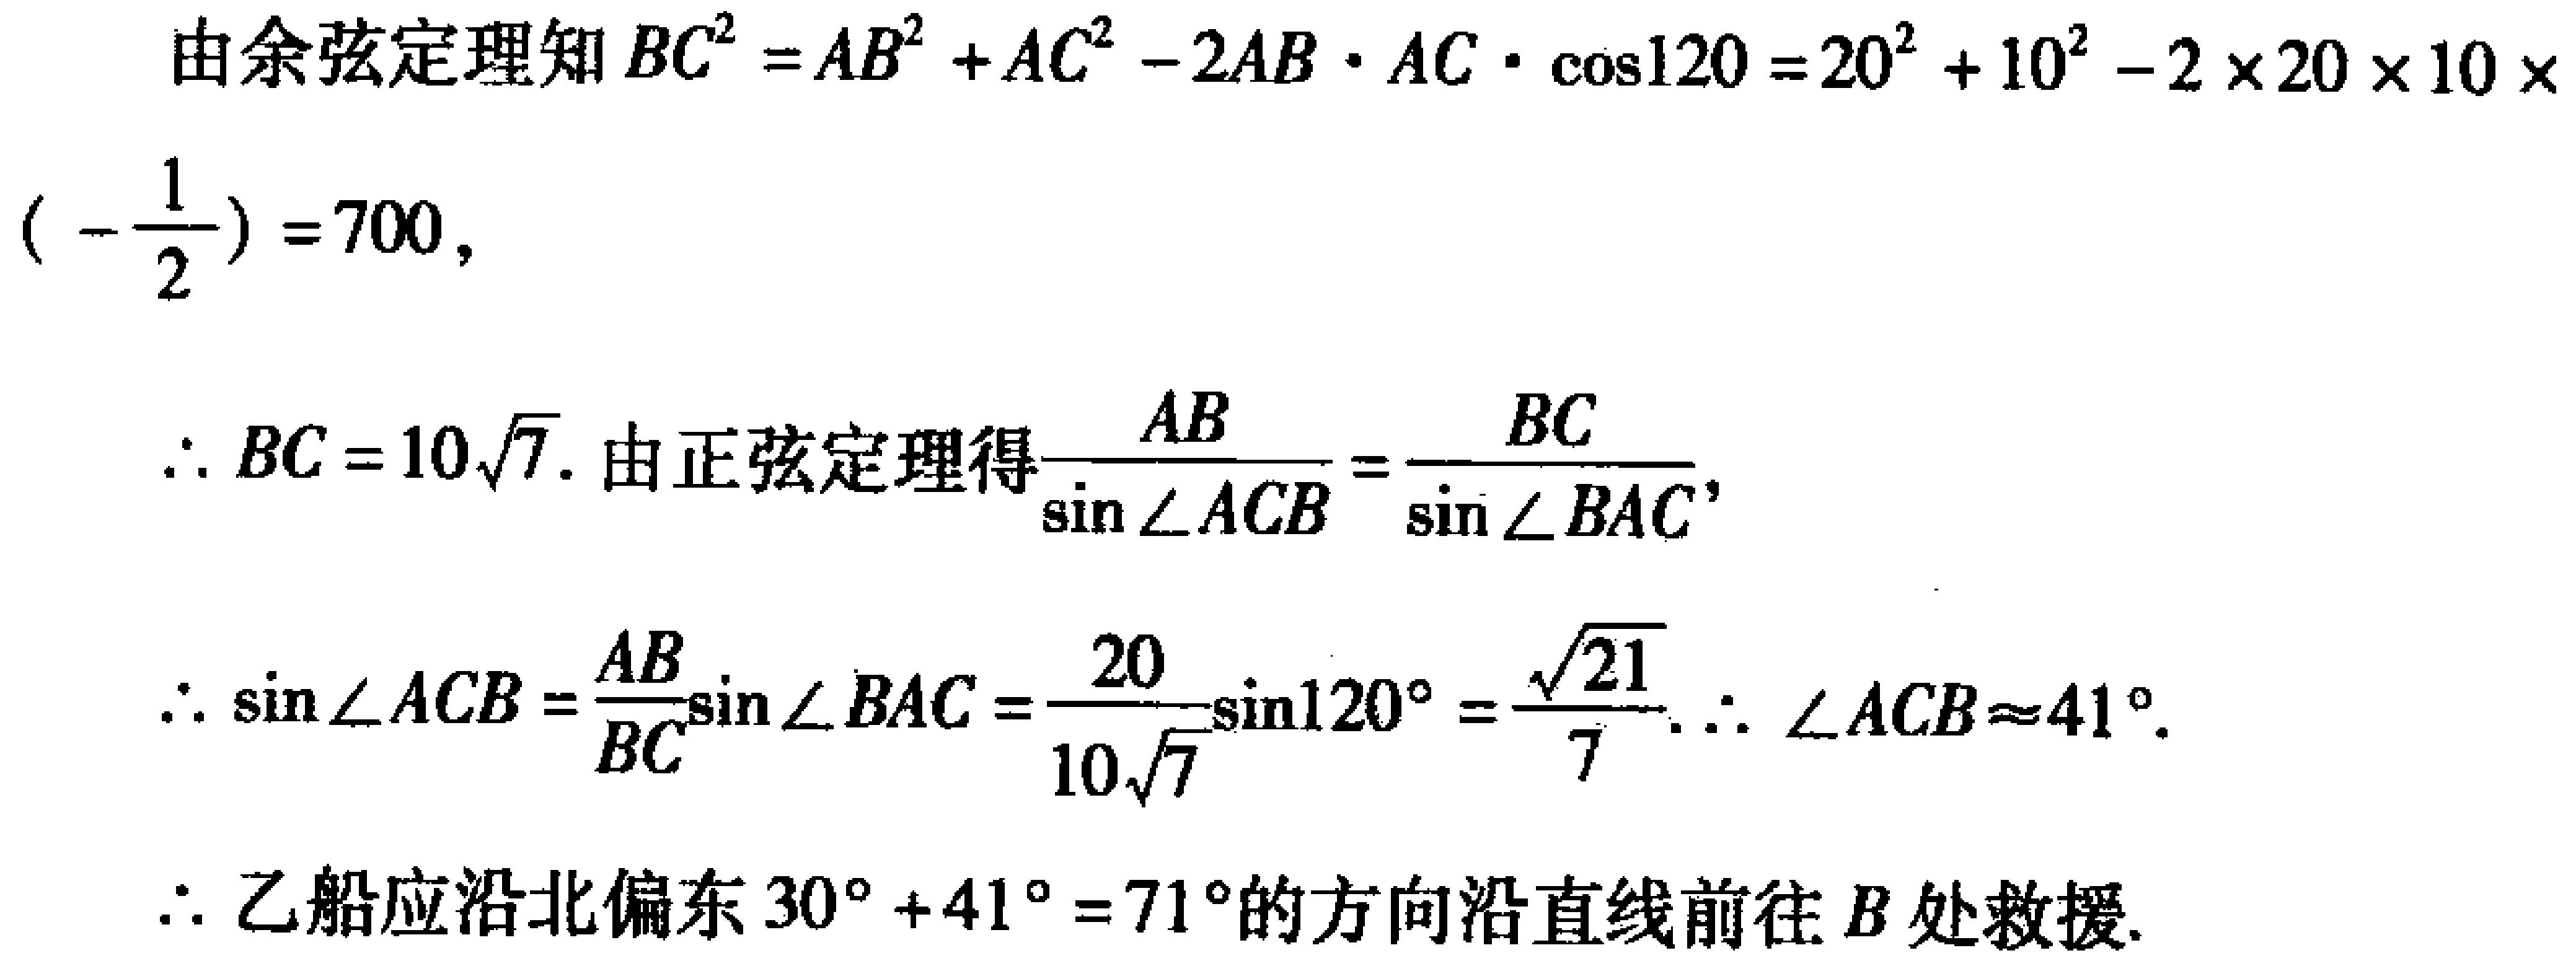
由余弦定理知 \(BC^{2}=AB^{2}+AC^{2}-2AB\cdot AC\cdot \cos120 = 20^{2}+10^{2}-2\times20\times10\times\left(-\frac{1}{2}\right)=700\)，
\(\therefore BC = 10\sqrt{7}\). 由正弦定理得\(\frac{AB}{\sin\angle ACB}=\frac{BC}{\sin\angle BAC}\)，
\(\therefore \sin\angle ACB=\frac{AB}{BC}\sin\angle BAC=\frac{20}{10\sqrt{7}}\sin120^{\circ}=\frac{\sqrt{21}}{7}\). \(\therefore \angle ACB\approx41^{\circ}\).
\(\therefore\)乙船应沿北偏东 \(30^{\circ}+41^{\circ}=71^{\circ}\)的方向沿直线前往 \(B\)处救援.